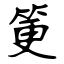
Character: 筻